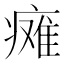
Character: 瘫